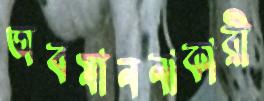
অবমাননাকারী